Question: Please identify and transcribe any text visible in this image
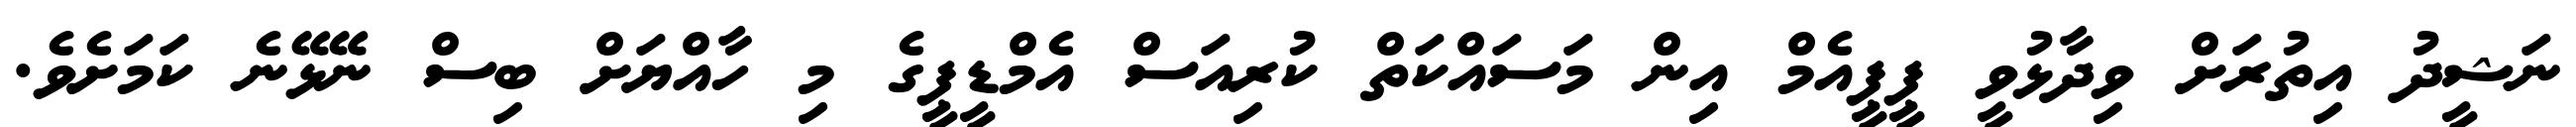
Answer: ނަޝީދު އިތުރަށް ވިދާޅުވީ ޕީޕީއެމް އިން މަސައްކަތް ކުރިއަސް އެމްޑީޕީގެ މި ހާއްޔަށް ބިސް ނޭޅޭނެ ކަމަށެވެ.